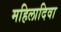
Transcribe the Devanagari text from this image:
महिलादिवा